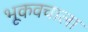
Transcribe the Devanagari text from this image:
भूकवचाला